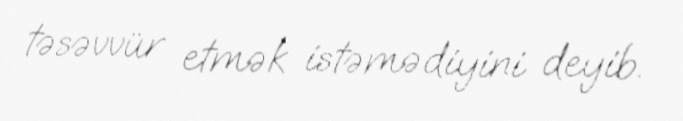
təsəvvür etmək istəmədiyini deyib.